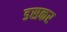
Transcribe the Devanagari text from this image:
डसकर